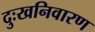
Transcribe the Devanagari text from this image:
दुःखनिवारण